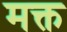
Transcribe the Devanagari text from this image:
मक्त